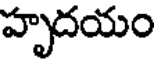
హృదయం